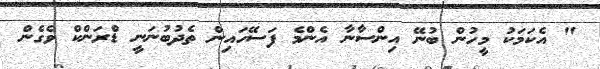
" އެކަމަކު މީހުން ބުނޭ އިންސާނާ އެންމެ ފަސޭހައިން ތެދުބުނަނީ ޑްރަންކް ވެގެން